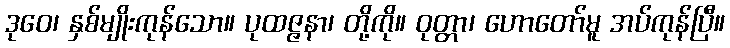
ဒုဝေ၊ နှစ်မျိုးကုန်သော။ ပုထဇ္ဇနာ၊ တို့ကို။ ဝုတ္တာ၊ ဟောတော်မူ အပ်ကုန်ပြီ။